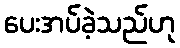
ပေးအပ်ခဲ့သည်ဟု